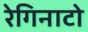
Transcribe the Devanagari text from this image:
रेगिनाटो